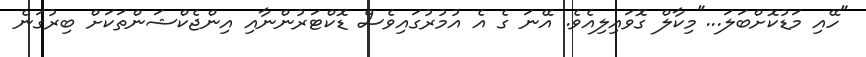
"ހޭއި މަޑުކޮށްބަލަ..."މިކާލް ގޮވައިލިއެވެ. އޭނަ ގެ އެ އުމުރުގައިވެސް ޑޮކްޓަރުންނާއި އިންޖެކްޝަންތަކަށް ބިރުގަނެ